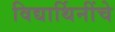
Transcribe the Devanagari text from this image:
विद्यार्थिनींचे